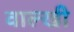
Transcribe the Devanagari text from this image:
वाल्खी